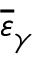
\overline { { \varepsilon } } _ { \gamma }